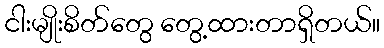
ငါးမျိုးစိတ်တွေ တွေ့ထားတာရှိတယ်။